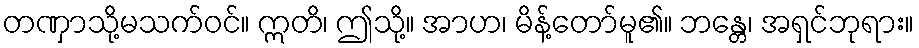
တဏှာသို့မသက်ဝင်။ ဣတိ၊ ဤသို့။ အာဟ၊ မိန့်တော်မူ၏။ ဘန္တေ၊ အရှင်ဘုရား။